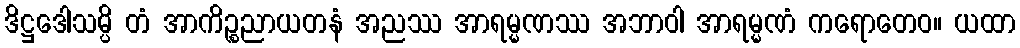
ဒိဋ္ဌဒေါသမ္ပိ တံ အာကိဉ္စညာယတနံ အညဿ အာရမ္မဏဿ အဘာဝါ အာရမ္မဏံ ကရောတေဝ။ ယထာ